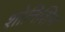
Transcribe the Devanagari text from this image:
शोनिशिन